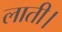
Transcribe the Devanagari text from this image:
लाती।